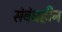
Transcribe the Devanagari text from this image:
संबंधहीन